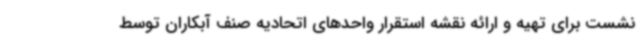
نشست برای تهیه و ارائه نقشه استقرار واحدهای اتحادیه صنف آبکاران توسط